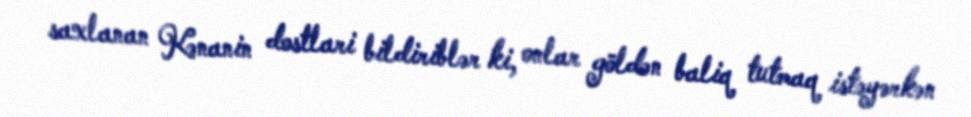
saxlanan Kənanin dostlari bildiriblər ki, onlar göldən baliq tutmaq istəyərkən